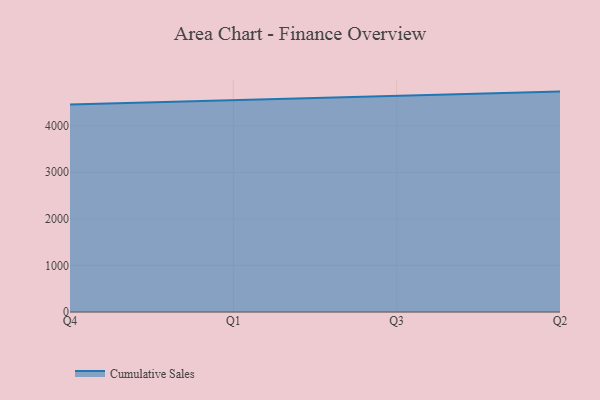
{"axis": {"x": "Quarter", "y": "Gross Profit (USD K)"}, "legend": ["Cumulative Sales"], "data": [{"x": "Q4", "y": 4456.2, "type": "Cumulative Sales"}, {"x": "Q1", "y": 4547.7, "type": "Cumulative Sales"}, {"x": "Q3", "y": 4653.7, "type": "Cumulative Sales"}, {"x": "Q2", "y": 4732.2, "type": "Cumulative Sales"}]}